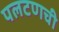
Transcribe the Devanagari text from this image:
पलटणची